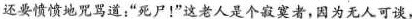
还要愤愤地咒骂道：”死尸！”这老人是个寂寞者，因为无人可谈，